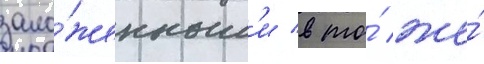
зало́женным'и в то́ же́